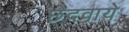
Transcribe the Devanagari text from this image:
छेदवाये